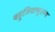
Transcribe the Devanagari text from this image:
बहुजिवाणूजन्य